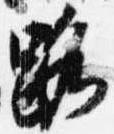
路